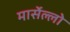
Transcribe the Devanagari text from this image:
मार्सेल्लो